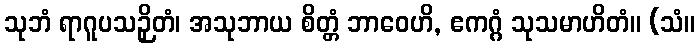
သုဘံ ရာဂူပသဉှိတံ၊ အသုဘာယ စိတ္တံ ဘာဝေဟိ, ဧကဂ္ဂံ သုသမာဟိတံ။ (သံ။